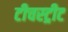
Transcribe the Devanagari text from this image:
टीचस्ट्रीट